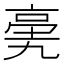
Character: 亴